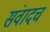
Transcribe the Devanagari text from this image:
संवादच